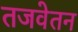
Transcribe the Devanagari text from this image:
तजवेतन